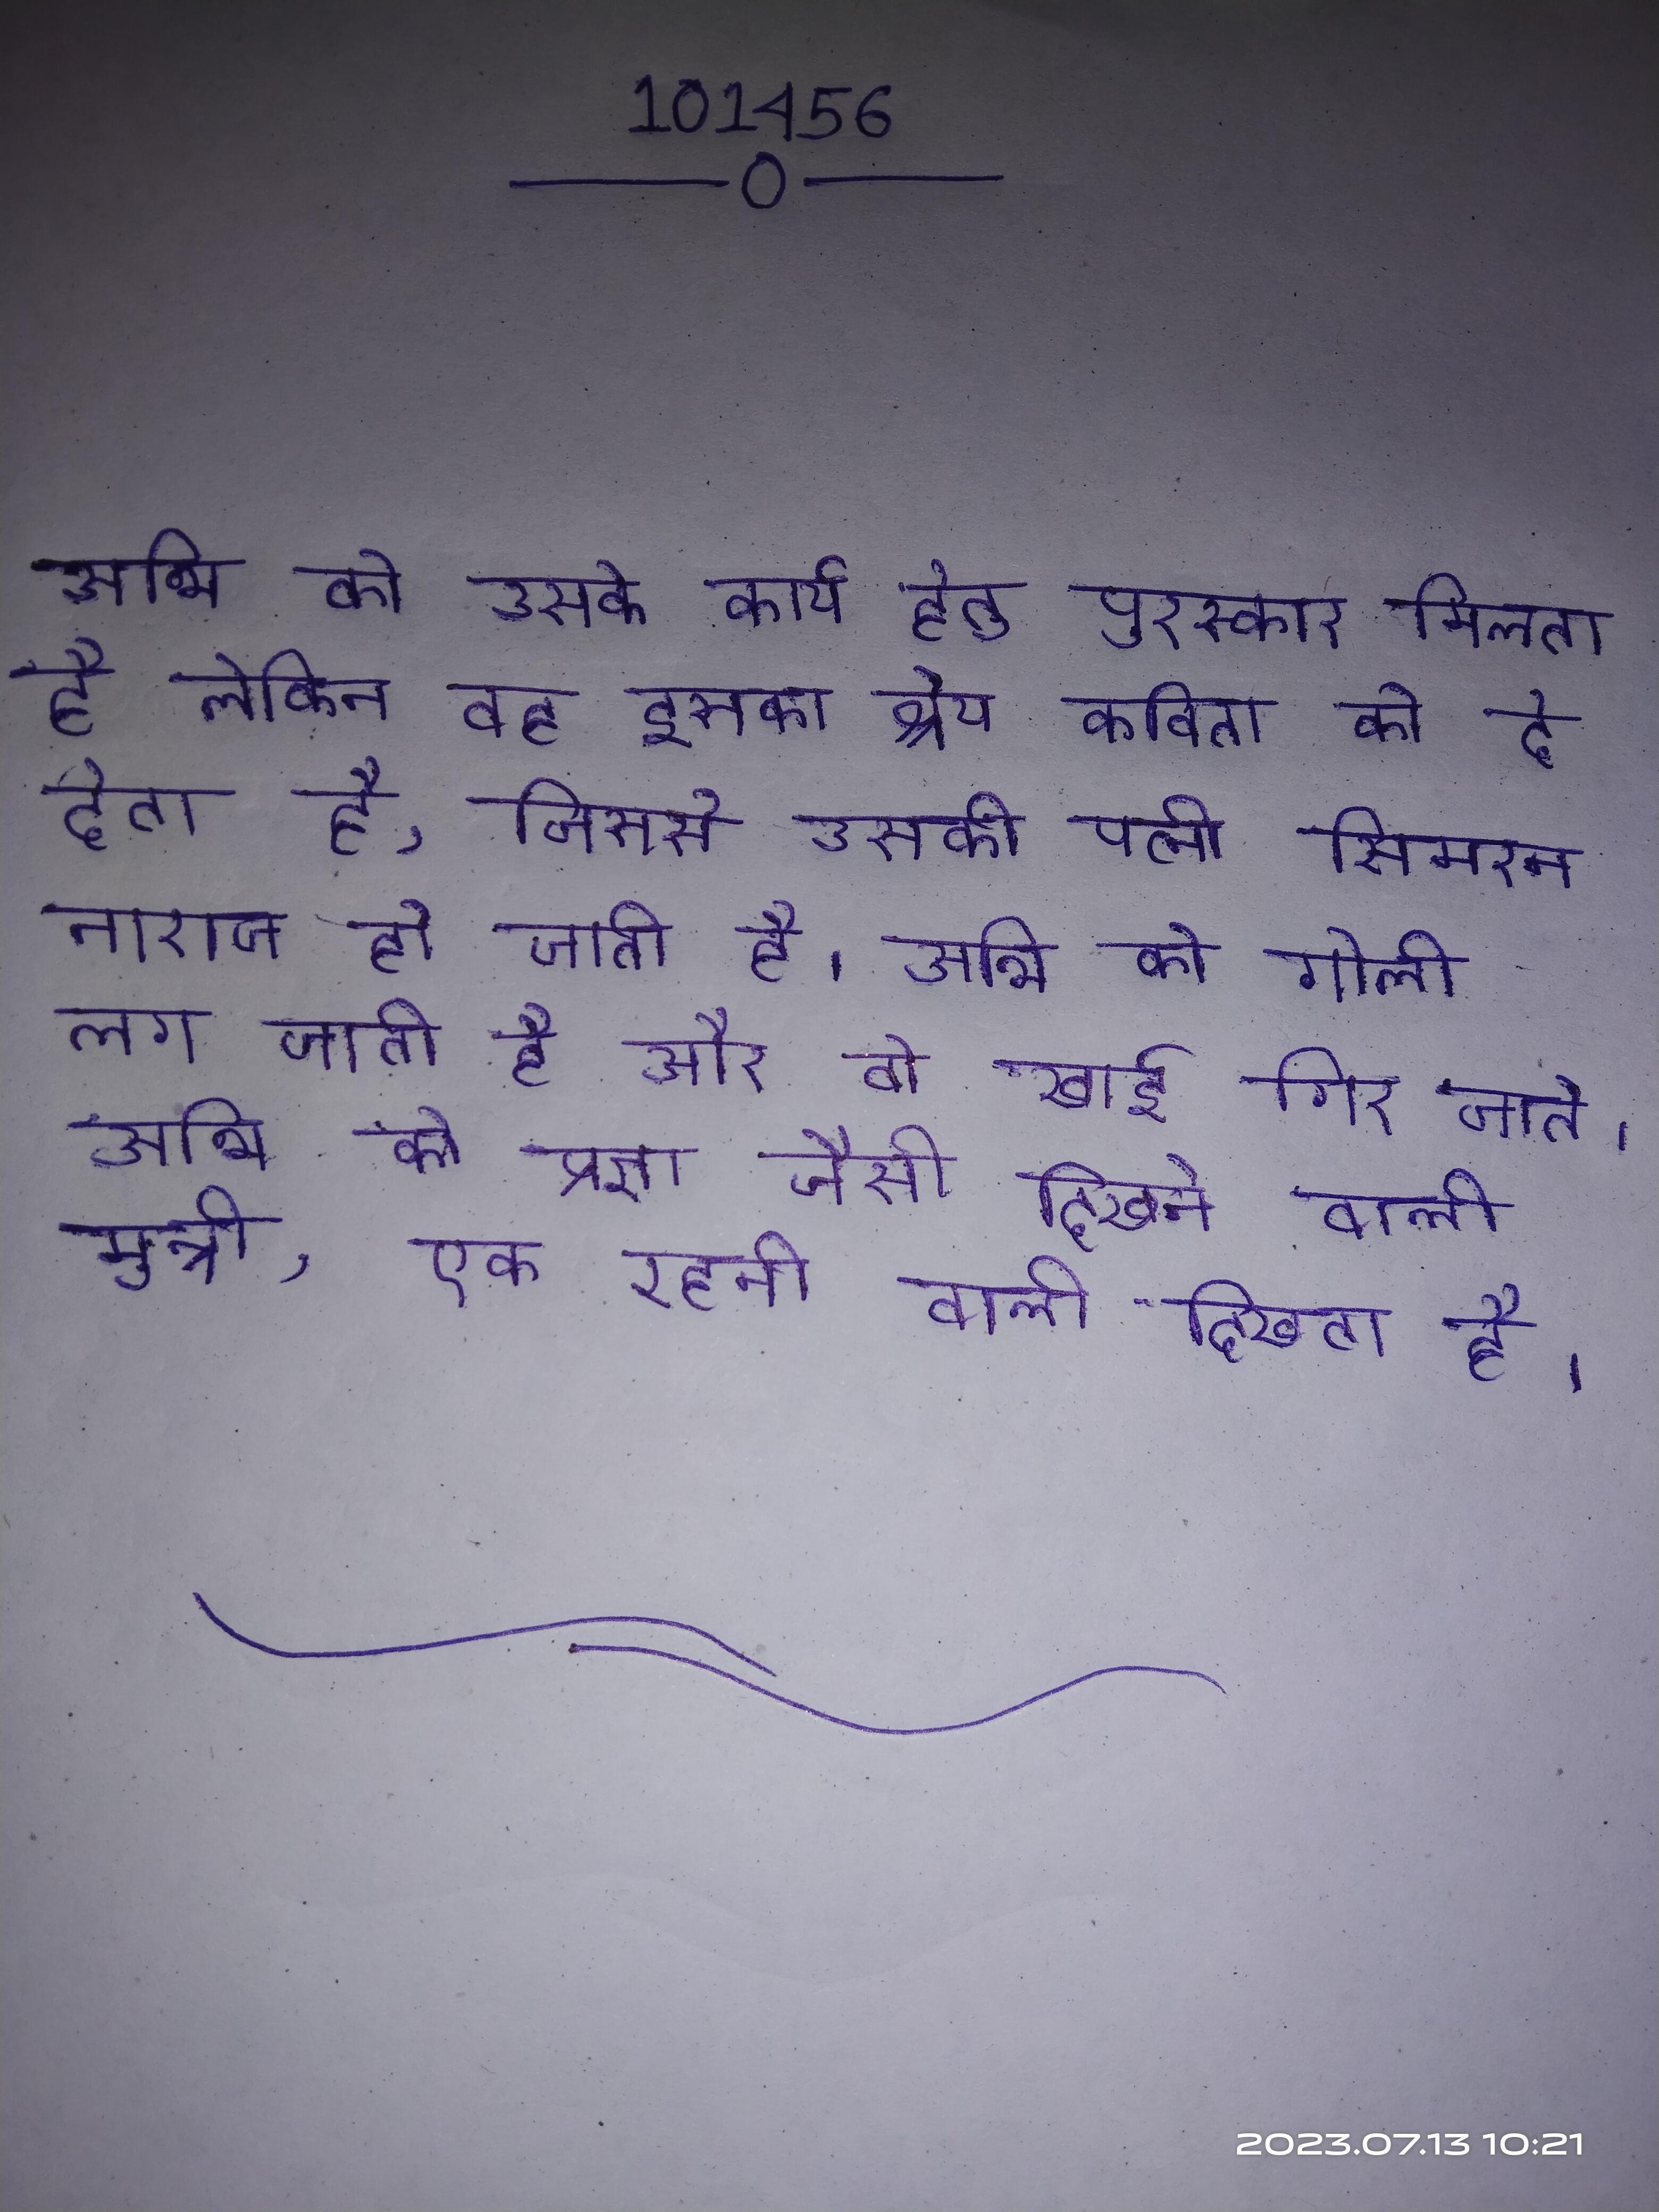
अभि को उसके कार्य हेतु पुरस्कार मिलता है लेकिन वह इसका श्रेय कविता को दे देता है, जिससे उसकी पत्नी सिमरन नाराज हो जाती है । अभि को गोली लग जाती है और वो खाई गिर जाते । अभि को प्रज्ञा जैसी दिखने वाली मुन्नी, एक रहनी वाली दिखती है ।